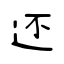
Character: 还